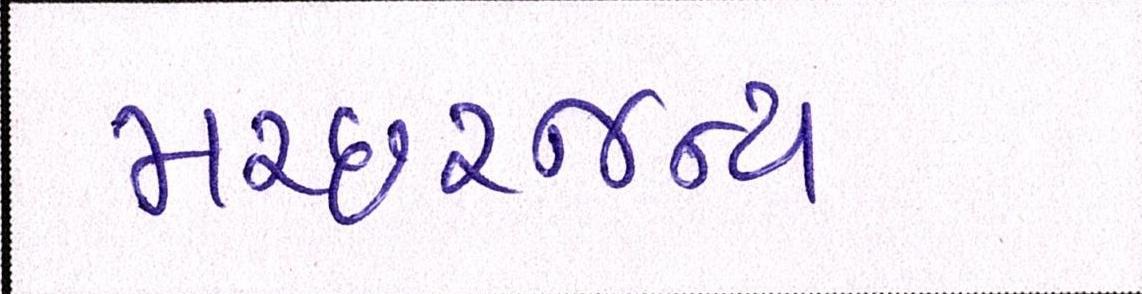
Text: મચ્છરજન્ય